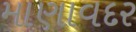
માણાવદર